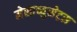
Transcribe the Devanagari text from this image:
मेसाच्युसेट्स